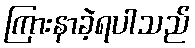
ကြားနာခဲ့ရပါသည်